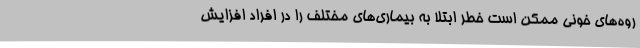
روه‌های خونی ممکن است خطر ابتلا به بیماری‌های مختلف را در افراد افزایش